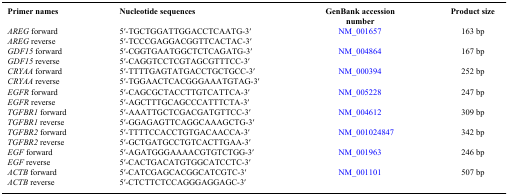
| Primer names | Nucleotide sequences | GenBank accession number | Product size |
 | --- | --- | --- | --- |
 | AREG forward | 5′-TGCTGGATTGGACCTCAATG-3′ | NM_001657 | 163 bp |
 | AREG reverse | 5′-TCCCGAGGACGGTTCACTAC-3′ |  |  |
 | GDF15 forward | 5′-CGGTGAATGGCTCTCAGATG-3′ | NM_004864 | 167 bp |
 | GDF15 reverse | 5′-CAGGTCCTCGTAGCGTTTCC-3′ |  |  |
 | CRYAA forward | 5′-TTTTGAGTATGACCTGCTGCC-3′ | NM_000394 | 252 bp |
 | CRYAA reverse | 5′-TGGAACTCACGGGAAATGTAG-3′ |  |  |
 | EGFR forward | 5′-CAGCGCTACCTTGTCATTCA-3′ | NM_005228 | 247 bp |
 | EGFR reverse | 5′-AGCTTTGCAGCCCATTTCTA-3′ |  |  |
 | TGFBR1 forward | 5′-AAATTGCTCGACGATGTTCC-3′ | NM_004612 | 309 bp |
 | TGFBR1 reverse | 5′-GGAGAGTTCAGGCAAAGCTG-3′ |  |  |
 | TGFBR2 forward | 5′-TTTTCCACCTGTGACAACCA-3′ | NM_001024847 | 342 bp |
 | TGFBR2 reverse | 5′-GCTGATGCCTGTCACTTGAA-3′ |  |  |
 | EGF forward | 5′-AGATGGGAAAACGTGTCTGG-3′ | NM_001963 | 246 bp |
 | EGF reverse | 5′-CACTGACATGTGGCATCCTC-3′ |  |  |
 | ACTB forward | 5′-CATCGAGCACGGCATCGTC-3′ | NM_001101 | 507 bp |
 | ACTB reverse | 5′-CTCTTCTCCAGGGAGGAGC-3′ |  |  |